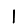
Digit: 1